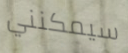
سيمكنني